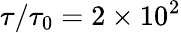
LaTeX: \tau/\tau_{0}=2\times 10^{2}